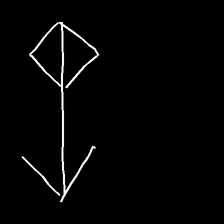
Glyph: focus